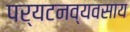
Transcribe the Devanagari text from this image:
पर्यटनव्यवसाय